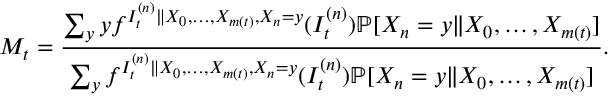
M _ { t } = \frac { \sum _ { y } y f ^ { I _ { t } ^ { ( n ) } \| X _ { 0 } , \ldots , X _ { m ( t ) } , X _ { n } = y } ( I _ { t } ^ { ( n ) } ) \mathbb { P } [ X _ { n } = y \| X _ { 0 } , \ldots , X _ { m ( t ) } ] } { \sum _ { y } f ^ { I _ { t } ^ { ( n ) } \| X _ { 0 } , \ldots , X _ { m ( t ) } , X _ { n } = y } ( I _ { t } ^ { ( n ) } ) \mathbb { P } [ X _ { n } = y \| X _ { 0 } , \ldots , X _ { m ( t ) } ] } .